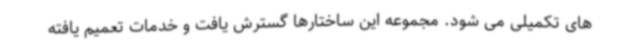
های تکمیلی می شود. مجموعه این ساختارها گسترش یافت و خدمات تعمیم یافته